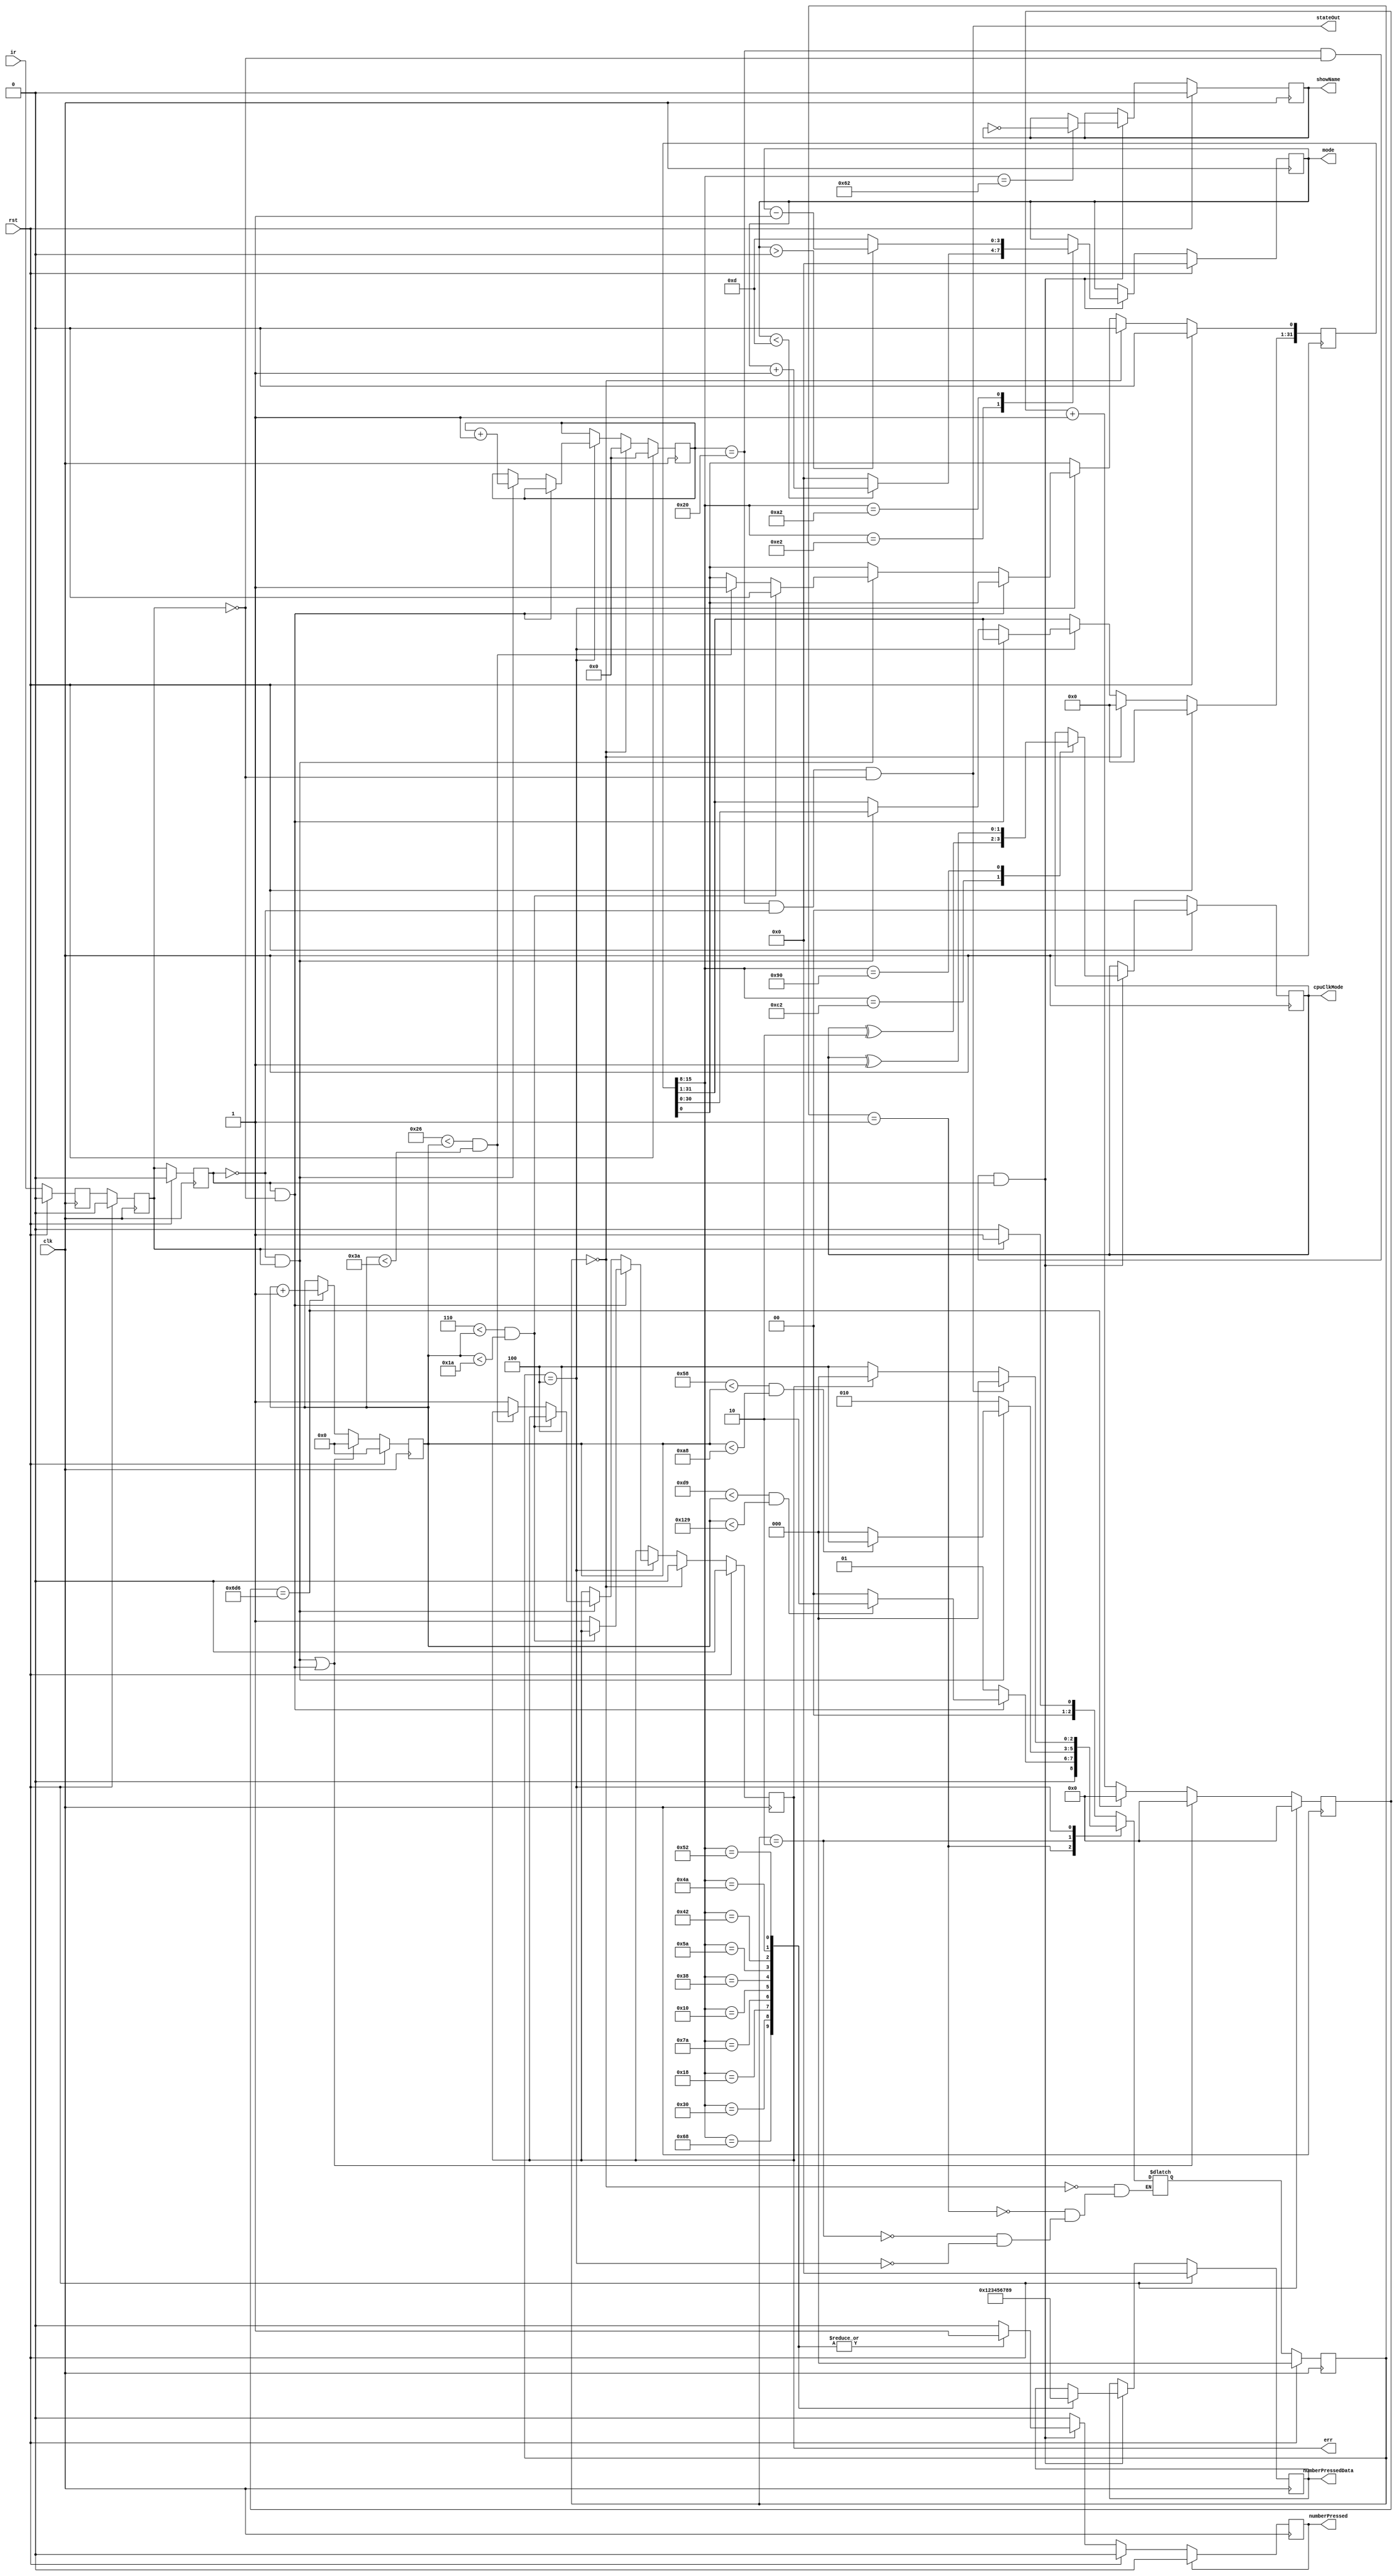
module DebugIR (
    input wire clk,
    input wire rst,
    input wire ir,
    output reg[3:0] mode,
    output reg showName,
    output reg err,
    output wire stateOut,
    output reg[1:0] cpuClkMode,
    output reg[3:0] numberPressedData,
    output reg numberPressed
    );

reg[31:0] irRead; // For storing data readed from IR channel
reg[5:0] irDataPos; // Counts readed data bits
//reg err;

reg ir0, ir1, ir2; // Delayed IR signal
always @(posedge clk) begin
    if (rst) begin
        ir0 <= 1'b0;
        ir1 <= 1'b0;
        ir2 <= 1'b0;
    end
    else begin
        ir0 <= ir;
        ir1 <= ir0;
        ir2 <= ir1;
    end
end

wire irPosEdge = !ir2 && ir1;
wire irNegEdge = ir2 && !ir1;
wire irChange = irPosEdge || irNegEdge;

reg[10:0] counter1; // 35 us counter
reg[8:0] counter2; // Slow counter

always @(posedge clk) begin
    if (rst)
        counter1 <= 11'b0;
    else if (irChange)
        counter1 <= 11'b0;
    else if (counter1 == 11'd1750)
        counter1 <= 11'b0;
    else
        counter1 <= counter1 + 11'b1;
end
always @(posedge clk) begin
    if (rst)
        counter2 <= 9'b0;
    else if (irChange)
        counter2 <= 9'b0;
    else if (counter1 == 11'd1750)
        counter2 <= counter2 + 9'b1;
end

wire check9ms = (217 < counter2) && (counter2 < 297); // 257 slow ticks
wire check4ms = (88 < counter2)  && (counter2 < 168); // 128 slow ticks
wire high     = (6 < counter2)   && (counter2 < 26);  // 16 slow ticks
wire low      = (38 < counter2)  && (counter2 < 58);  // 48 slow ticks

// Scan codes
parameter   CHANNEL_MINUS = 8'hA2,
            CHANNEL = 8'h62,
            CHANNEL_PLUS = 8'hE2,
            PLAY = 8'hC2,
            EQ = 8'h90,
            N0 = 8'h68,
            N1 = 8'h30,
            N2 = 8'h18,
            N3 = 8'h7A,
            N4 = 8'h10,
            N5 = 8'h38,
            N6 = 8'h5A,
            N7 = 8'h42,
            N8 = 8'h4A,
            N9 = 8'h52;

// State machine
parameter   IDLE = 3'b000,
            LEADING_9MS = 3'b001,
            LEADING_4MS = 3'b010,
            DATA_READ   = 3'b100;

reg[2:0] state;
reg[2:0] nextState;

always @(posedge clk) begin
    if (rst)
        state <= IDLE;
    else
        state <= nextState;
end

always @(*) begin
    case (state)
        IDLE:
            if (ir1)
                nextState = LEADING_9MS;
            else
                nextState = IDLE;
        LEADING_9MS:
            if (irNegEdge) begin
                if (check9ms)
                    nextState = LEADING_4MS;
                else
                    nextState = IDLE;
            end else
                nextState = LEADING_9MS;
        LEADING_4MS:
            if (irPosEdge) begin
                if (check4ms)
                    nextState = DATA_READ;
                else
                    nextState = IDLE;
            end else
                nextState = LEADING_4MS;
        DATA_READ:
            if ((irDataPos == 6'd32) && !ir2 && !ir1)
                nextState = IDLE;
            else if (err)
                nextState = IDLE;
            else
                nextState = DATA_READ;
    endcase
end

always @(posedge clk) begin
    if (rst) begin
        irDataPos <= 6'b0;
        irRead <= 32'b0;
        err <= 1'b0;
    end
    else if (state == IDLE) begin
        irDataPos <= 6'b0;
        irRead <= 32'b0;
        err <= 1'b0;
    end
    else if (state == DATA_READ) begin
        if (irNegEdge) begin
            if (!high)
                err <= 1'b1;
        end else if (irPosEdge) begin
            if (high)
                irRead[0] <= 1'b0;
            else if (low)
                irRead[0] <= 1'b1;
            else
                err <= 1'b1;
            irRead[31:1] <= irRead[30:0];
            irDataPos <= irDataPos + 6'b1;
        end
    end
end

always @(posedge clk) begin
    if (rst) begin
        showName <= 1'b0;
        mode <= 4'b0;
        cpuClkMode <= 2'd0;
        numberPressed <= 0;
        numberPressedData <= 4'd0;
    end else if ((irDataPos == 6'd32) && !ir1 && ir2) begin
        case (irRead[15:8])
            CHANNEL:
                showName <= !showName;
            CHANNEL_PLUS:
                if (mode < 4'd13)
                    mode <= mode + 1;
                else
                    mode <= 4'd0;
            CHANNEL_MINUS:
                if (mode > 4'd0)
                    mode <= mode - 1;
                else
                    mode <= 4'd13;
            PLAY:
                cpuClkMode <= cpuClkMode ^ 2'b10;
            EQ:
                cpuClkMode <= cpuClkMode ^ 2'b01;
            N0: begin
                numberPressed <= 1;
                numberPressedData <= 4'd0;
            end
            N1: begin
                numberPressed <= 1;
                numberPressedData <= 4'd1;
            end
            N2: begin
                numberPressed <= 1;
                numberPressedData <= 4'd2;
            end
            N3: begin
                numberPressed <= 1;
                numberPressedData <= 4'd3;
            end
            N4: begin
                numberPressed <= 1;
                numberPressedData <= 4'd4;
            end
            N5: begin
                numberPressed <= 1;
                numberPressedData <= 4'd5;
            end
            N6: begin
                numberPressed <= 1;
                numberPressedData <= 4'd6;
            end
            N7: begin
                numberPressed <= 1;
                numberPressedData <= 4'd7;
            end
            N8: begin
                numberPressed <= 1;
                numberPressedData <= 4'd8;
            end
            N9: begin
                numberPressed <= 1;
                numberPressedData <= 4'd9;
            end
        endcase
    end
    if (numberPressed)
        numberPressed <= 0;
end

assign stateOut = (irDataPos == 6'd32) && (!ir2) && (!ir1);
endmodule